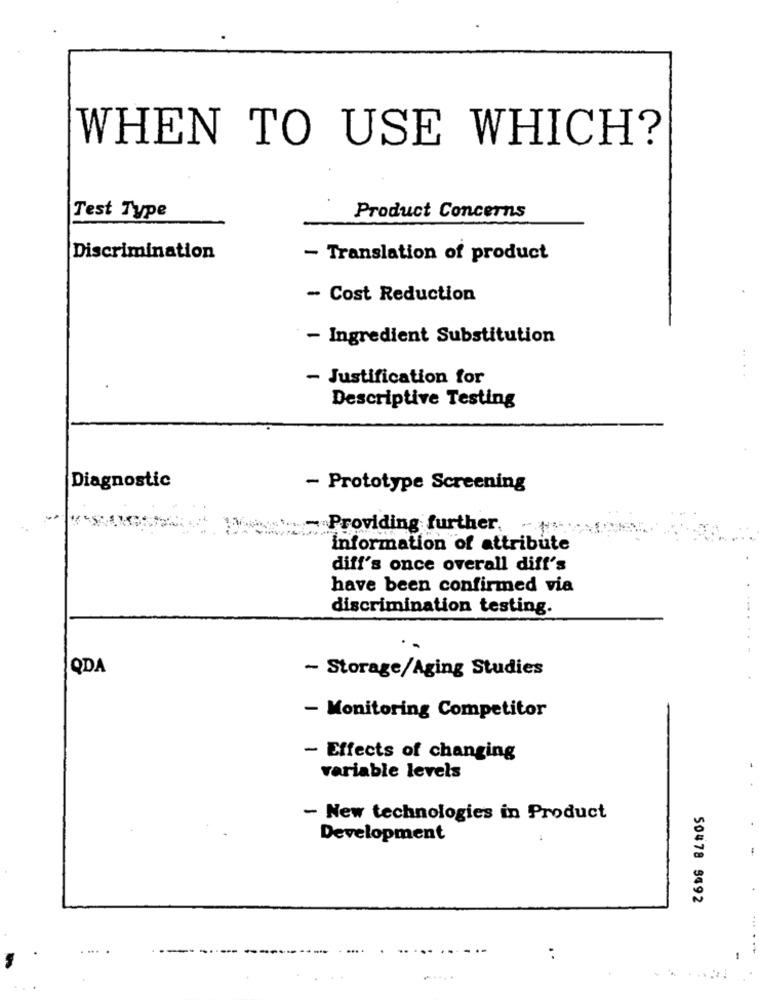
WHEN TO USE WHICH?
Test Type
Product Concerns
Discrimination
- Translation of product
- Cost Reduction
- Ingredient Substitution
- Justification for
Descriptive Testing
Diagnostic
- Prototype Screening
- Providing further,
-3
information of attribute
diff's once overall diff's
have been confirmed via
discrimination testing.
QDA
- Storage/Aging Studies
- Monitoring Competitor
- Effects of changing
variable levels
- New technologies in Product
Development
50478 8492